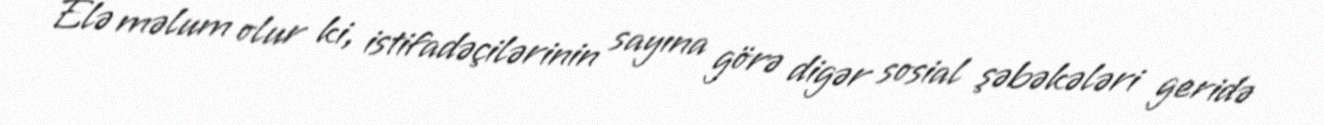
Elə məlum olur ki, istifadəçilərinin sayına görə digər sosial şəbəkələri geridə